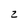
Character: 2